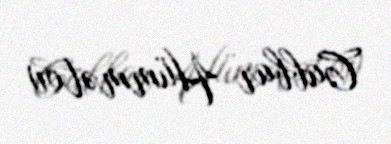
Cabbar Hümmətov